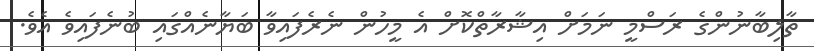
ތާލިބާނުންގެ ރަސްމީ ނަމަށް އިޝާރާތްކޮށް އެ މީހުން ނެރެފައިވާ ބަޔާނެއްގައި ބުނެފައިވެ އެވެ.